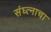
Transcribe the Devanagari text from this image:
संघ्त्नाचा